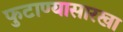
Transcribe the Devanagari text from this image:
फुटाण्यासारखा